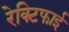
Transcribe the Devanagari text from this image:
रेक्टिफाई